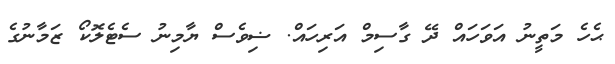
ޙެހެ މަތީނު އަވަހައް ދޭ ގާސިމް އަރިހައް. ޟިވެސް ޔާމިނު ސެޓެލޮކޯ ޒަމާނުގެ